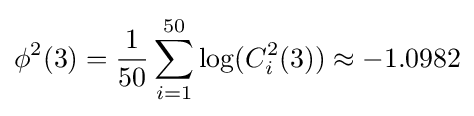
\phi ^{2}(3)={1 \over 50}\sum _{i=1}^{50}\log(C_{i}^{2}(3))\approx -1.0982